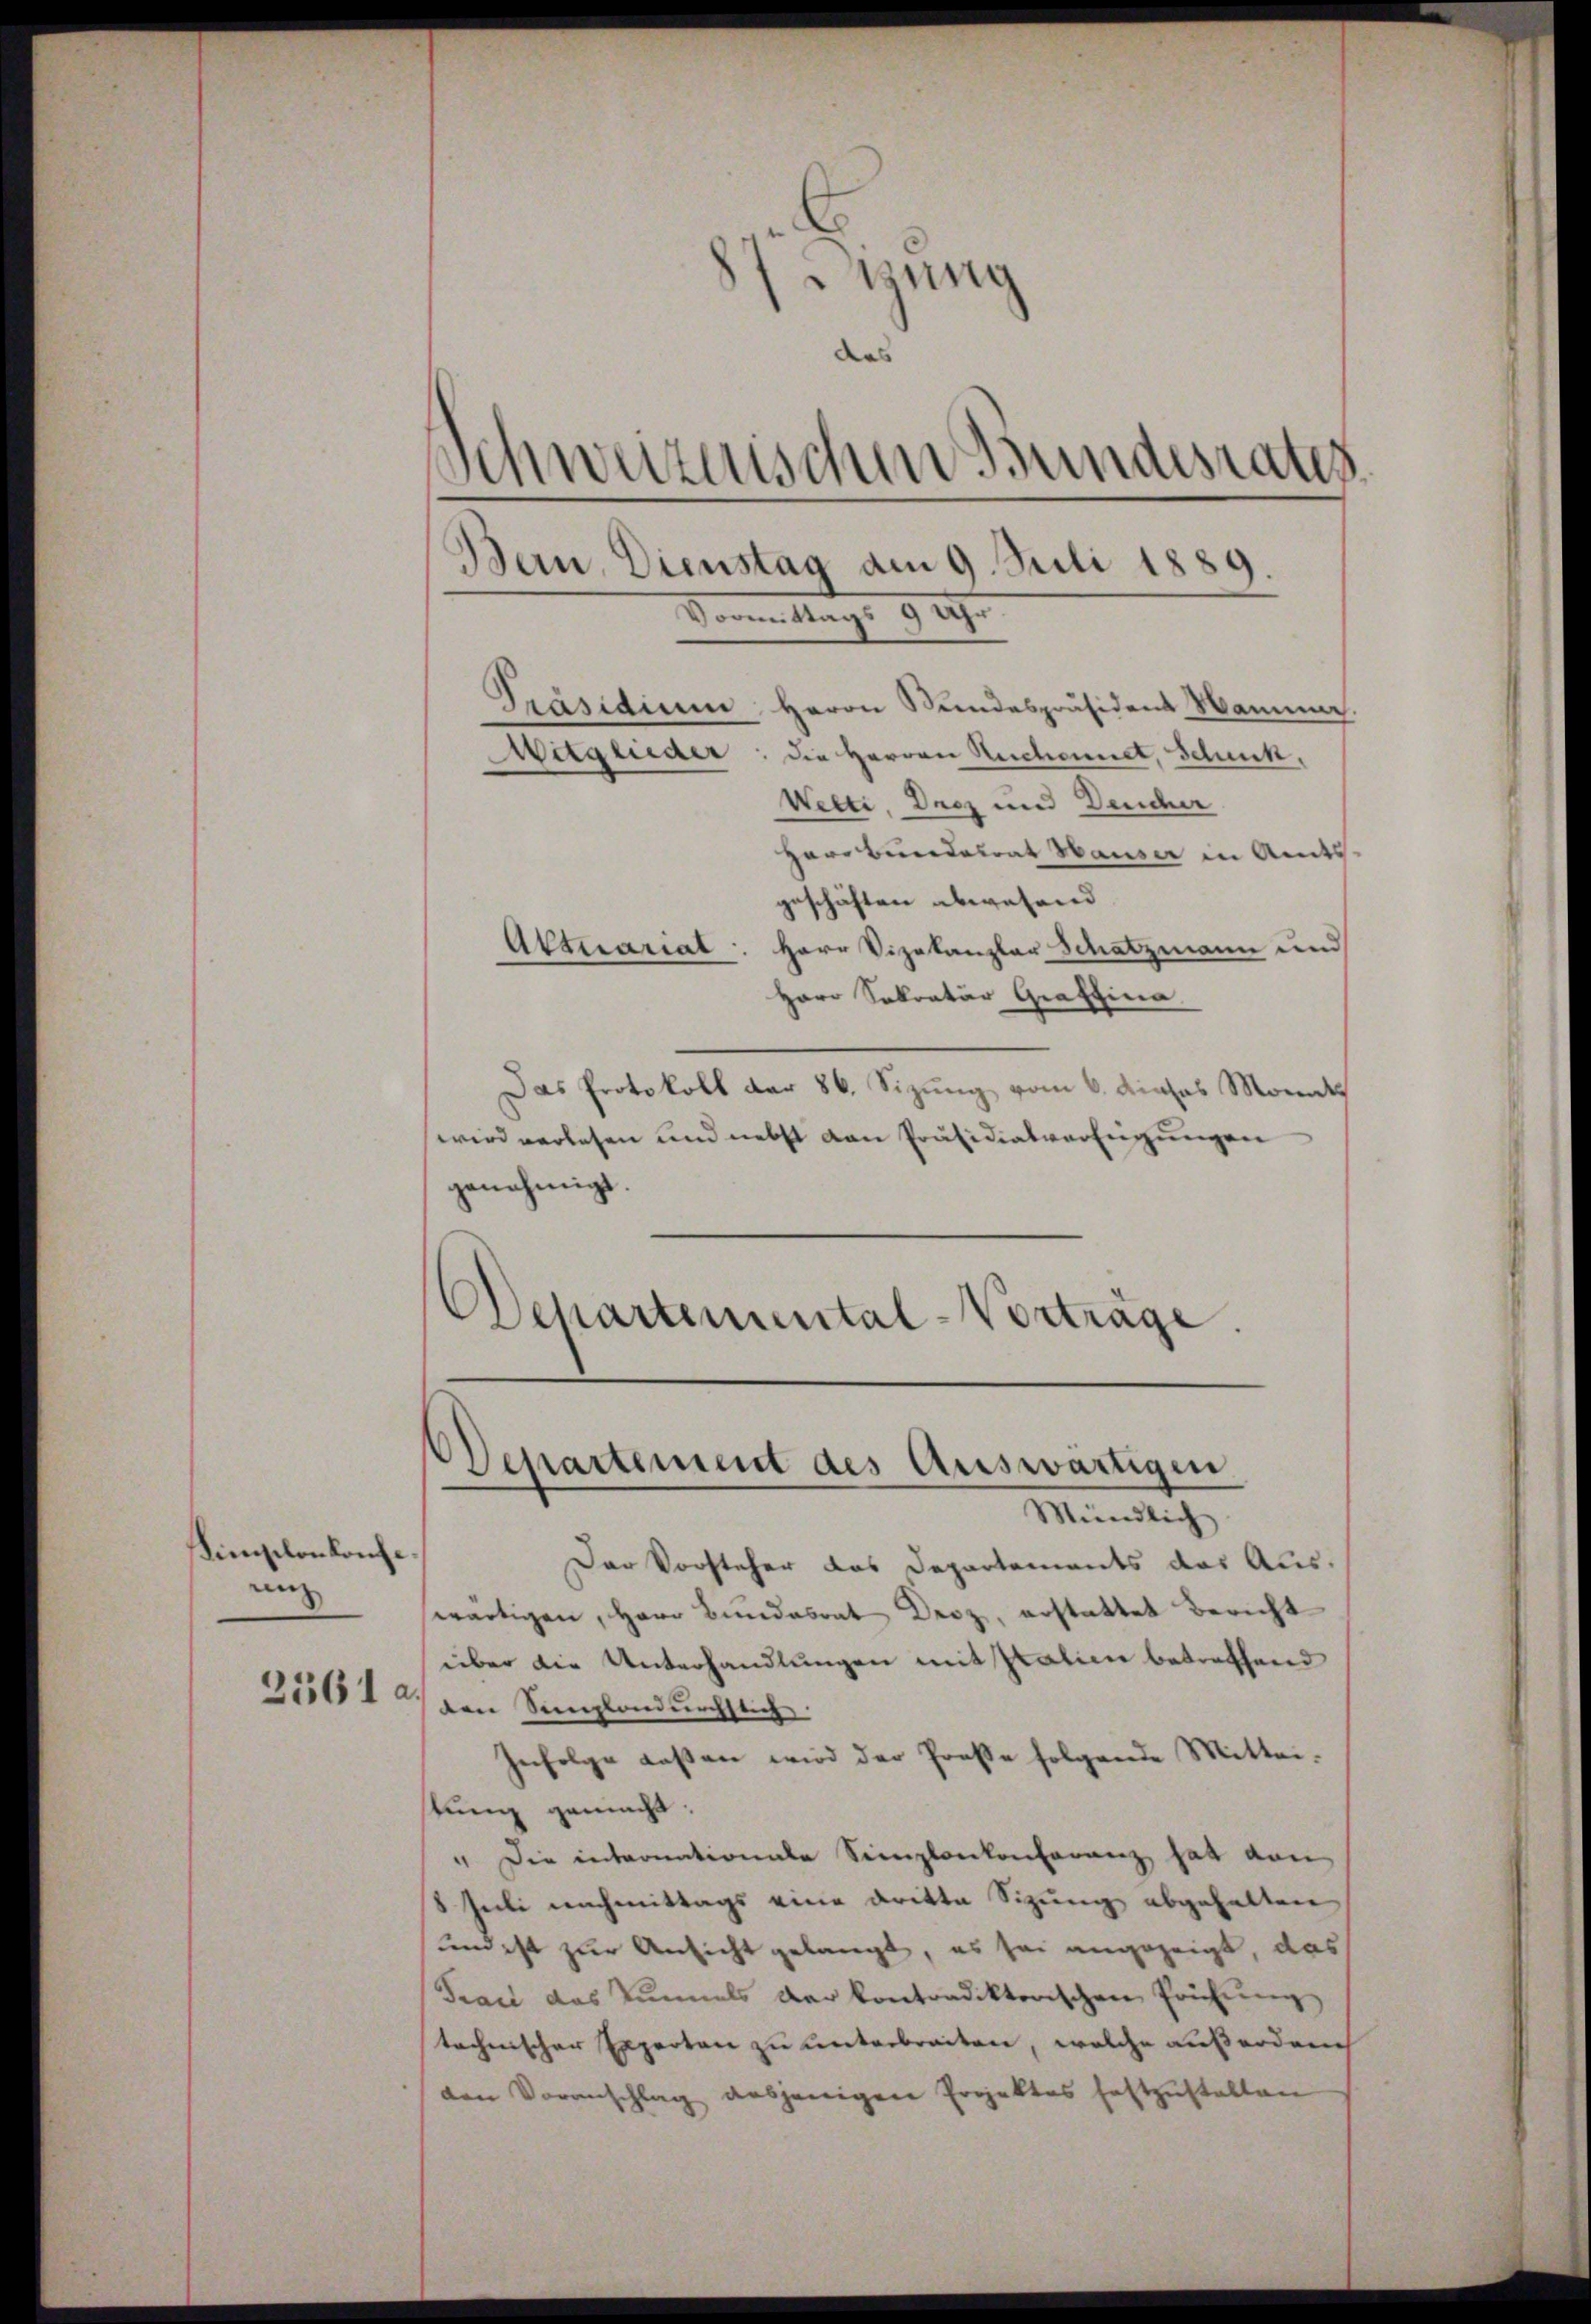
Simplon konfe
rn

Sitzung
das
Schweizerischen Bundesrath
Bau, Dienstag am 9. Juli 1889.
Vorem Mag. 927

Präsidium Herrn Stundespräsident Wamma
Witglieder: die Herren Reschonnet, Schnik,
Welti. Decz und Deucher
Herr Bundesrat Hauser in Amts-
geschäften abwesend
Aktuariat: Herr Vizekanzlar Schatzmann und
Herr Sekratur Graffina
Das Protokoll dar 86. Sizung vom 6. Michas Monat
wird verlesen und nebst von Präsidialverfügungen
genehmigt.
Departemental-Vorträge.

Departement des Auswärtigen
Mündlich

Der Vorsteher das Departements das Aus-
wärtigen, Herr Bundesrat Droz, erstattet Bericht
über die Unterhandlungen mit Patien betreffend
31561, den Sanglandurchstich
Infolge laßen wird der Prose folgende Mittei-
tŭng gemacht,
" die intronationale Seinplankonferenz hat von
8 Juli nachmittags eine dritte Sizung abgehalten
und ist zur Ansicht gelangt, es sei angezeigt, das
Tract das Tunnels der kontradiktorischen Prüfung
technischer Experten zu unterbreiten, welche außerdurch
ven Voranschlag desjenigen Projektes festzustalten